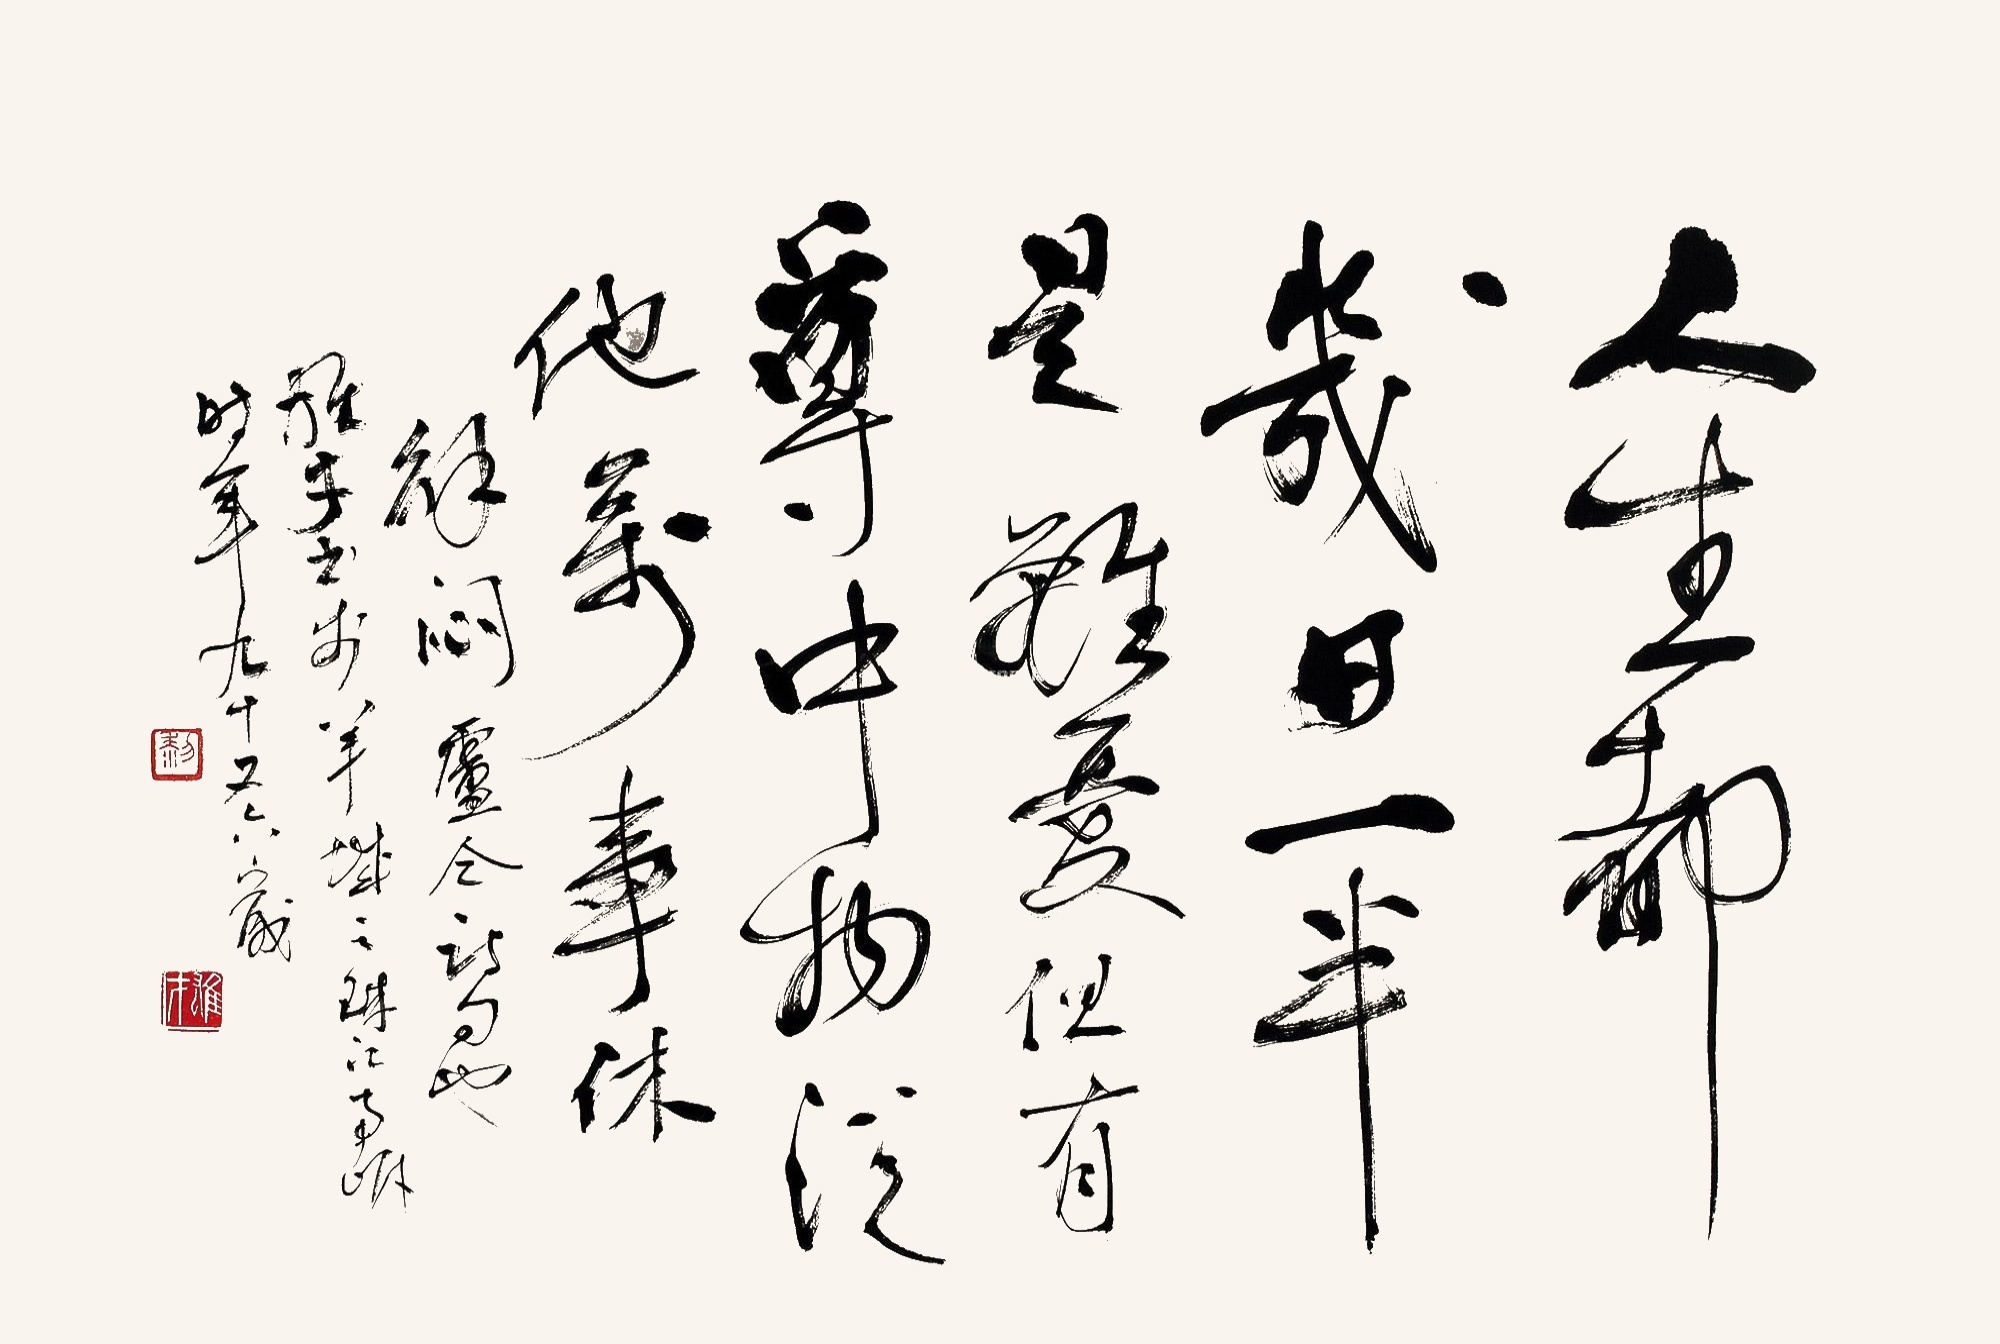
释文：人生都几日，一半是离忧。但有尊中物，从他万事休。解闷卢仝诗句也。雄才书于羊城之珠江南岸，时年九十又六岁。